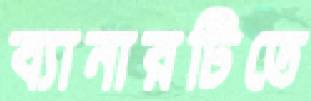
ব্যানারটিতে